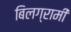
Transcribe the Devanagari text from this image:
बिलग्रामी